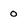
Character: 0